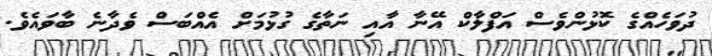
ދުވަހެއްގެ ކޮޅުންވެސް އަފްލާކް އޭނާ އާއި ނަތާގެ ގުޅުމަށް އެއްބަސް ވެދާނެ ބާވައެވެ.